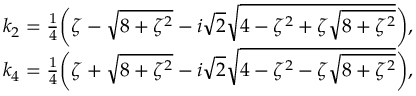
\begin{array} { r l } & { k _ { 2 } = \frac { 1 } { 4 } \bigg ( \zeta - \sqrt { 8 + \zeta ^ { 2 } } - i \sqrt { 2 } \sqrt { 4 - \zeta ^ { 2 } + \zeta \sqrt { 8 + \zeta ^ { 2 } } } \bigg ) , } \\ & { k _ { 4 } = \frac { 1 } { 4 } \bigg ( \zeta + \sqrt { 8 + \zeta ^ { 2 } } - i \sqrt { 2 } \sqrt { 4 - \zeta ^ { 2 } - \zeta \sqrt { 8 + \zeta ^ { 2 } } } \bigg ) , } \end{array}